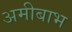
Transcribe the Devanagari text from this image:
अमीबाभ